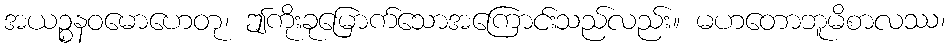
အယဉ္စနဝမောဟေတု၊ ဤကိုးခုမြောက်သောအကြောင်းသည်လည်း။ မဟတောဘူမိစာလဿ၊